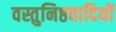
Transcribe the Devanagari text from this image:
वस्तुनिष्ठवादियों